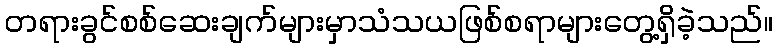
တရားခွင်စစ်ဆေးချက်များမှာသံသယဖြစ်စရာများတွေ့ရှိခဲ့သည်။